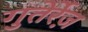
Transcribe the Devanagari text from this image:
गुतेर्रेज़